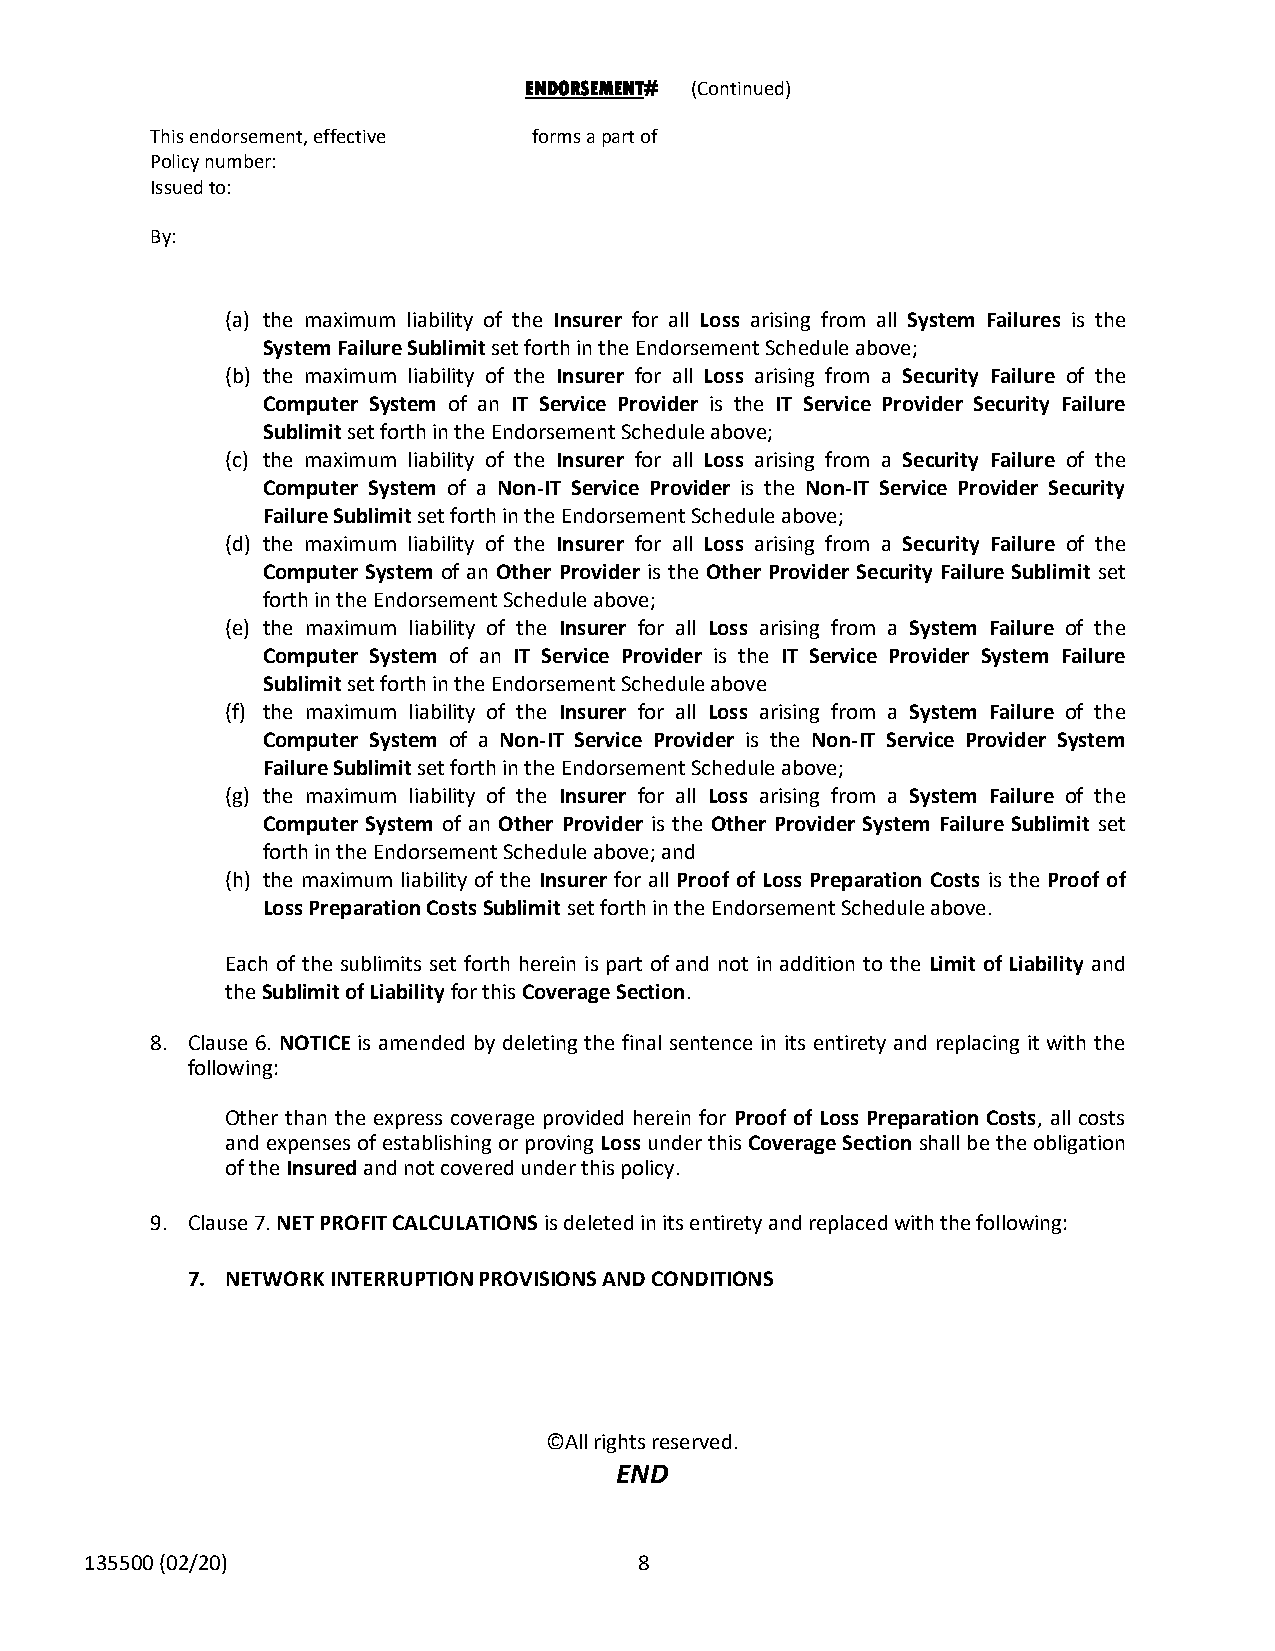
ENDORSEMENT# (Continued)
 This endorsement, effective forms a part of
 Policy number:
 Issued to:
 By:
 (a) the maximum liability of the Insurer for all Loss arising from all System Failures is the
 System Failure Sublimit set forth in the Endorsement Schedule above;
 (b) the maximum liability of the Insurer for all Loss arising from a Security Failure of the
 Computer System of an IT Service Provider is the IT Service Provider Security Failure
 Sublimit set forth in the Endorsement Schedule above;
 (c) the maximum liability of the Insurer for all Loss arising from a Security Failure of the
 Computer System of a Non-IT Service Provider is the Non-IT Service Provider Security
 Failure Sublimit set forth in the Endorsement Schedule above;
 (d) the maximum liability of the Insurer for all Loss arising from a Security Failure of the
 Computer System of an Other Provider is the Other Provider Security Failure Sublimit set
 forth in the Endorsement Schedule above;
 (e) the maximum liability of the Insurer for all Loss arising from a System Failure of the
 Computer System of an IT Service Provider is the IT Service Provider System Failure
 Sublimit set forth in the Endorsement Schedule above
 (f) the maximum liability of the Insurer for all Loss arising from a System Failure of the
 Computer System of a Non-IT Service Provider is the Non-IT Service Provider System
 Failure Sublimit set forth in the Endorsement Schedule above;
 (g) the maximum liability of the Insurer for all Loss arising from a System Failure of the
 Computer System of an Other Provider is the Other Provider System Failure Sublimit set
 forth in the Endorsement Schedule above; and
 (h) the maximum liability of the Insurer for all Proof of Loss Preparation Costs is the Proof of
 Loss Preparation Costs Sublimit set forth in the Endorsement Schedule above.
 Each of the sublimits set forth herein is part of and not in addition to the Limit of Liability and
 the Sublimit of Liability for this Coverage Section.
 8. Clause 6. NOTICE is amended by deleting the final sentence in its entirety and replacing it with the
 following:
 Other than the express coverage provided herein for Proof of Loss Preparation Costs, all costs
 and expenses of establishing or proving Loss under this Coverage Section shall be the obligation
 of the Insured and not covered under this policy.
 9. Clause 7. NET PROFIT CALCULATIONS is deleted in its entirety and replaced with the following:
 7. NETWORK INTERRUPTION PROVISIONS AND CONDITIONS
 ©All rights reserved.
 END
 135500 (02/20)                      8